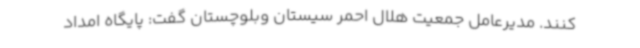
‌کنند. مدیرعامل جمعیت هلال احمر سیستان وبلوچستان گفت: پایگاه امداد